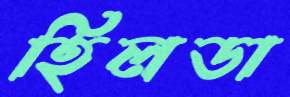
হিলডা